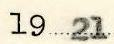
1921